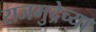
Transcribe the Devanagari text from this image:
राजमुद्रेच्या